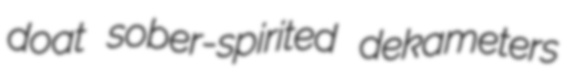
doat sober-spirited dekameters